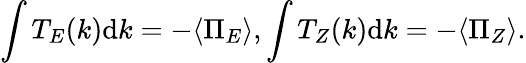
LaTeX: \int T_{E}(k)\mathrm{d}k=-\langle\Pi_{E}\rangle,\int T_{Z}(k)\mathrm{d}k=-\langle\Pi_{Z}\rangle.